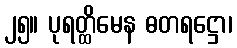
၂၅။ ပုရတ္ထိမေန ဓတရဋ္ဌော၊